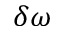
\delta \omega